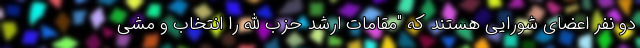
دو نفر اعضای شورایی هستند که "مقامات ارشد حزب الله را انتخاب و مشی